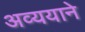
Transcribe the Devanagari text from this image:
अव्ययाने